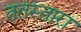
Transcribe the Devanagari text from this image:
ततस्तारा